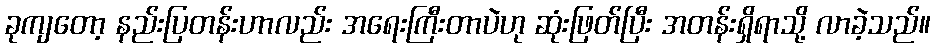
ခုကျတော့ နည်းပြတန်းဟာလည်း အရေးကြီးတာပဲဟု ဆုံးဖြတ်ပြီး အတန်းရှိရာသို့ လာခဲ့သည်။